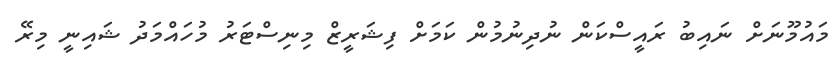
މައުމޫނަށް ނައިބު ރައީސްކަން ނުދިނުމުން ކަމަށް ފިޝަރީޒް މިނިސްޓަރު މުހައްމަދު ޝައިނީ މިރޭ